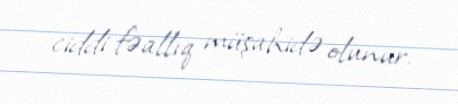
ciddi fəallıq müşahidə olunur.